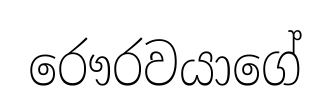
රෞරවයාගේ